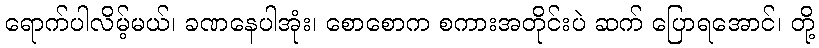
ရောက်ပါလိမ့်မယ်၊ ခဏနေပါအုံး၊ စောစောက စကားအတိုင်းပဲ ဆက် ပြောရအောင်၊ တို့